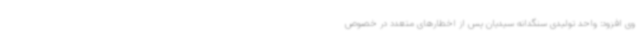
وی افزود: واحد تولیدی سنگدانه سیدیان پس از اخطارهای متعدد در خصوص